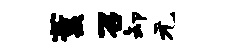
薰召卸元